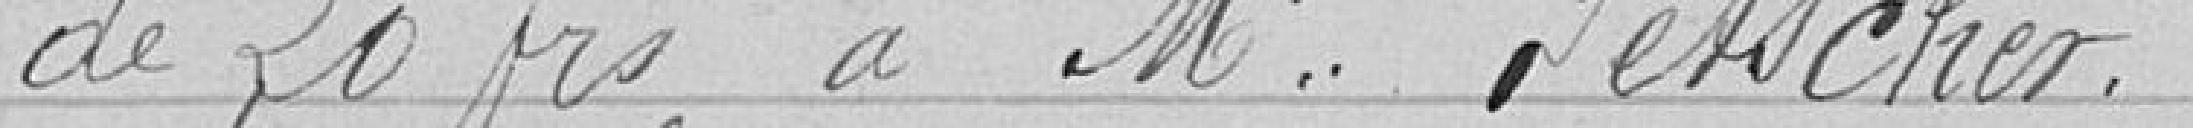
de 20 francs à M. Fetscher.